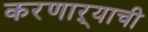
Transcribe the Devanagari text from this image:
करणाऱ्याची